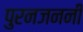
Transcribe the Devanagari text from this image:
पुरनजननी